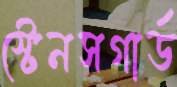
স্টেনসগার্ড